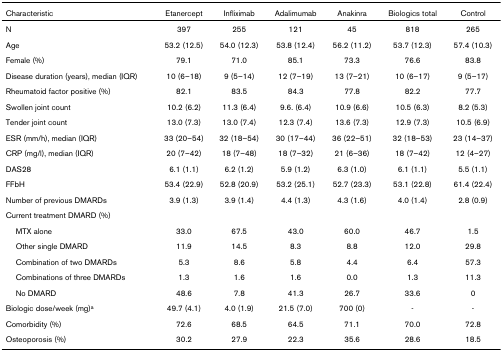
<table><thead><tr><td><b>Characteristic</b></td><td><b>Etanercept</b></td><td><b>Infliximab</b></td><td><b>Adalimumab</b></td><td><b>Anakinra</b></td><td><b>Biologics total</b></td><td><b>Control</b></td></tr></thead><tbody><tr><td>N</td><td>397</td><td>255</td><td>121</td><td>45</td><td>818</td><td>265</td></tr><tr><td>Age</td><td>53.2 (12.5)</td><td>54.0 (12.3)</td><td>53.8 (12.4)</td><td>56.2 (11.2)</td><td>53.7 (12.3)</td><td>57.4 (10.3)</td></tr><tr><td>Female (%)</td><td>79.1</td><td>71.0</td><td>85.1</td><td>73.3</td><td>76.6</td><td>83.8</td></tr><tr><td>Disease duration (years), median (IQR)</td><td>10 (6–18)</td><td>9 (5–14)</td><td>12 (7–19)</td><td>13 (7–21)</td><td>10 (6–17)</td><td>9 (5–17)</td></tr><tr><td>Rheumatoid factor positive (%)</td><td>82.1</td><td>83.5</td><td>84.3</td><td>77.8</td><td>82.2</td><td>77.7</td></tr><tr><td>Swollen joint count</td><td>10.2 (6.2)</td><td>11.3 (6.4)</td><td>9.6. (6.4)</td><td>10.9 (6.6)</td><td>10.5 (6.3)</td><td>8.2 (5.3)</td></tr><tr><td>Tender joint count</td><td>13.0 (7.3)</td><td>13.0 (7.4)</td><td>12.3 (7.4)</td><td>13.6 (7.3)</td><td>12.9 (7.3)</td><td>10.5 (6.9)</td></tr><tr><td>ESR (mm/h), median (IQR)</td><td>33 (20–54)</td><td>32 (18–54)</td><td>30 (17–44)</td><td>36 (22–51)</td><td>32 (18–53)</td><td>23 (14–37)</td></tr><tr><td>CRP (mg/l), median (IQR)</td><td>20 (7–42)</td><td>18 (7–48)</td><td>18 (7–32)</td><td>21 (6–36)</td><td>18 (7–42)</td><td>12 (4–27)</td></tr><tr><td>DAS28</td><td>6.1 (1.1)</td><td>6.2 (1.2)</td><td>5.9 (1.2)</td><td>6.3 (1.0)</td><td>6.1 (1.1)</td><td>5.5 (1.1)</td></tr><tr><td>FFbH</td><td>53.4 (22.9)</td><td>52.8 (20.9)</td><td>53.2 (25.1)</td><td>52.7 (23.3)</td><td>53.1 (22.8)</td><td>61.4 (22.4)</td></tr><tr><td>Number of previous DMARDs</td><td>3.9 (1.3)</td><td>3.9 (1.4)</td><td>4.4 (1.3)</td><td>4.3 (1.6)</td><td>4.0 (1.4)</td><td>2.8 (0.9)</td></tr><tr><td>Current treatment DMARD (%)</td><td></td><td></td><td></td><td></td><td></td><td></td></tr><tr><td> MTX alone</td><td>33.0</td><td>67.5</td><td>43.0</td><td>60.0</td><td>46.7</td><td>1.5</td></tr><tr><td> Other single DMARD</td><td>11.9</td><td>14.5</td><td>8.3</td><td>8.8</td><td>12.0</td><td>29.8</td></tr><tr><td> Combination of two DMARDs</td><td>5.3</td><td>8.6</td><td>5.8</td><td>4.4</td><td>6.4</td><td>57.3</td></tr><tr><td> Combinations of three DMARDs</td><td>1.3</td><td>1.6</td><td>1.6</td><td>0.0</td><td>1.3</td><td>11.3</td></tr><tr><td> No DMARD</td><td>48.6</td><td>7.8</td><td>41.3</td><td>26.7</td><td>33.6</td><td>0</td></tr><tr><td>Biologic dose/week (mg)<sup>a</sup></td><td>49.7 (4.1)</td><td>4.0 (1.9)</td><td>21.5 (7.0)</td><td>700 (0)</td><td>-</td><td>-</td></tr><tr><td>Comorbidity (%)</td><td>72.6</td><td>68.5</td><td>64.5</td><td>71.1</td><td>70.0</td><td>72.8</td></tr><tr><td>Osteoporosis (%)</td><td>30.2</td><td>27.9</td><td>22.3</td><td>35.6</td><td>28.6</td><td>18.5</td></tr></tbody></table>